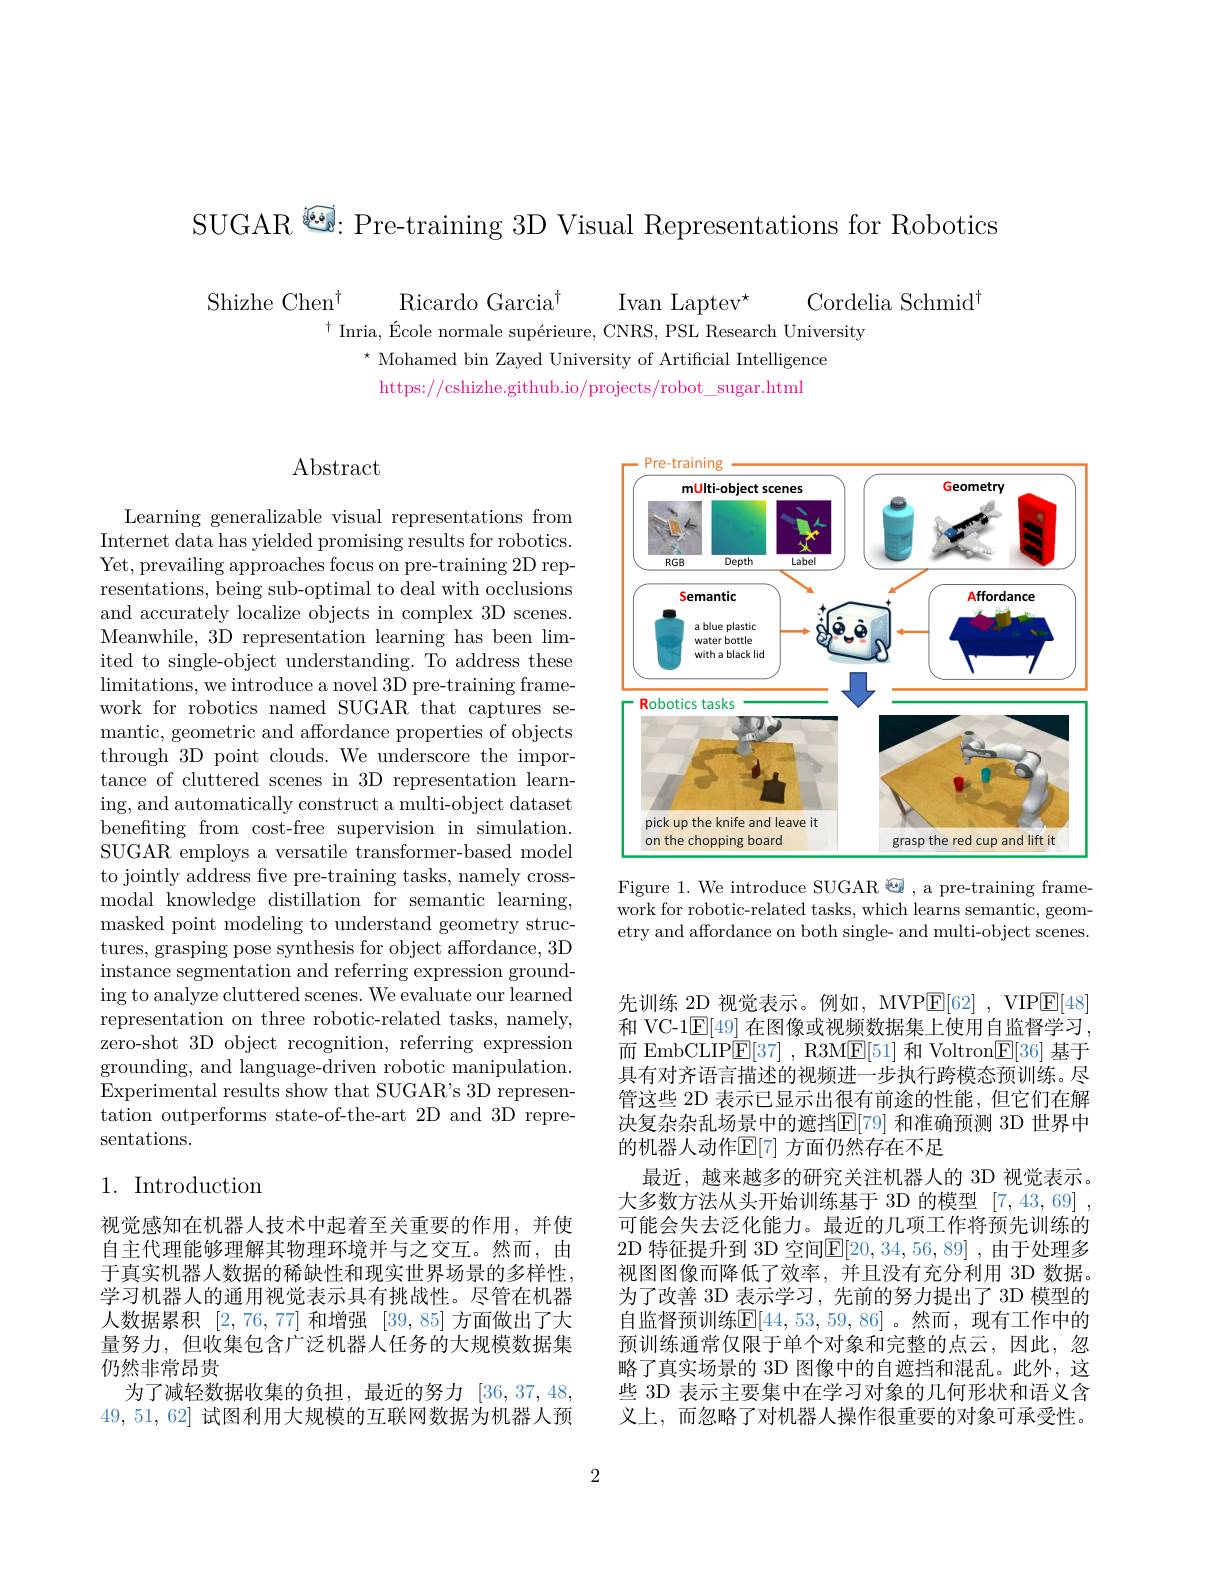
SUGAR $^{\textcircled{\text{ie}}}$: Pre-training 3D Visual Representations for Robotics

Shizhe Chen$^{\dagger}$
Ricardo Garcia$^{\dagger}$
Cordelia Schmid$^{\dagger}$
Ivan Laptev$^\star$
$^{\dagger}$ Inria, École normale supérieure, CNRS, PSL Research University
$^{\star}$ Mohamed bin Zayed University of Artificial Intelligence
https://cshizhe.github.io/projects/robot\_sugar.html

## Abstract

Learning generalizable visual representations from Internet data has yielded promising results for robotics. Yet, prevailing approaches focus on pre-training 2D representations, being sub-optimal to deal with occlusions and accurately localize objects in complex 3D scenes. Meanwhile, 3D representation learning has been limited to single-object understanding. To address these $\operatorname*{limitations,we~introduce~a~novel~3D~pre-training~frame-}$ work for robotics named SUGAR that captures semantic, geometric and affordance properties of objects through 3D point clouds. We underscore the importance of cluttered scenes in 3D representation learning, and automatically construct a multi-object dataset benefting from cost-free supervision in simulation. SUGAR employs a versatile transformer-based model to jointly address five pre-training tasks, namely crossmodal knowledge distillation for semantic learning, masked point modeling to understand geometry structures, grasping pose synthesis for object affordance, 3D instance segmentation and referring expression grounding to analyze cluttered scenes. We evaluate our learned representation on three robotic-related tasks, namely, zero-shot 3D object recognition, referring expression grounding, and language-driven robotic manipulation. Experimental results show that SUGAR's 3D representation outperforms state-of-the-art 2D and 3D representations.

## 1. Introduction

视觉感知在机器人技术中起着至关重要的作用，并使自主代理能够理解其物理环境并与之交互。然而，由于真实机器人数据的稀缺性和现实世界场景的多样性， 学习机器人的通用视觉表示具有挑战性。尽管在机器人数据累积[2,76,77]和增强[39,85]方面做出了大量努力，但收集包含广泛机器人任务的大规模数据集仍然非常昂贵
为了减轻数据收集的负担，最近的努力[36,37,48, 49,51,62]试图利用大规模的互联网数据为机器人预

<FigureHere>

Figure 1. We introduce SUGAR 型 , a pre-training framework for robotic-related tasks, which learns semantic, geometry and affordance on both single- and multi-object scenes.

先训练 2D 视觉表示。例如，MVP$\underline {\mathrm{E} }[ 62]$ , VIP$\underline{\mathrm{E}}[48]$ 和 VC-1$\boxed{\mathrm{E}}[49]$在图像或视频数据集上使用自监督学习， 而 EmbCLIP$\mathrm\overline{\mathrm{E}}[37]\:$, R3M$\underline{\mathrm{E}}[51]$和 Voltron$\underline{\mathrm{E}}[36]$基于具有对齐语言描述的视频进一步执行跨模态预训练。尽管这些 2D 表示已显示出很有前途的性能，但它们在解决复杂杂乱场景中的遮挡$\operatorname{E}[79]$ 和准确预测 3D 世界中的机器人动作$\mathbb{E}[7]$ 方面仍然存在不足
最近，越来越多的研究关注机器人的 3D 视觉表示。大多数方法从头开始训练基于 3D 的模型[7,43,69] , 可能会失去泛化能力。最近的几项工作将预先训练的2D 特征提升到 3D 空间$\overline{\mathbb{E}}[20,34,56,89]$, 由于处理多视图图像而降低了效率，并且没有充分利用 3D 数据。为了改善 3D 表示学习，先前的努力提出了 3D 模型的自监督预训练$\mathbb{E}[44,53,59,86]$。然而，现有工作中的预训练通常仅限于单个对象和完整的点云，因此，忽略了真实场景的 3D 图像中的自遮挡和混乱。此外，这些 3D 表示主要集中在学习对象的几何形状和语义含义上，而忽略了对机器人操作很重要的对象可承受性。

2